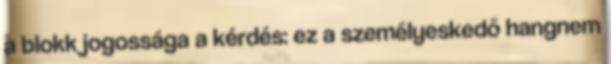
a blokk jogossága a kérdés: ez a személyeskedő hangnem